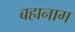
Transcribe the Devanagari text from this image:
बहानाग